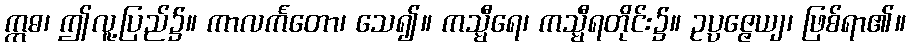
ဣဓ၊ ဤလူ့ပြည်၌။ ကာလင်္ကတော၊ သေ၍။ ကသ္မီရေ၊ ကသ္မီရတိုင်း၌။ ဥပ္ပဇ္ဇေယျ၊ ဖြစ်ရာ၏။